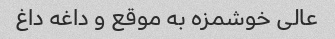
عالی خوشمزه به موقع و داغه داغ